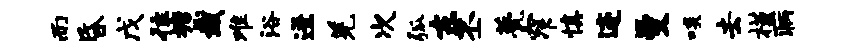
而昏戊往塘栽难浴迸羌次弧东丕甍窄慎迹曼啖去槿病